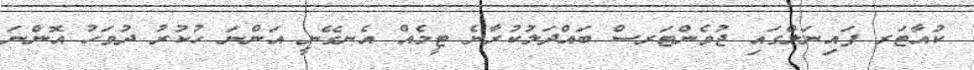
ކުއާޓަރ ފައިނަލްގައި ޖުވެންޓަރސް ބައްދަލުކުރާނެ ޓީމެއް އެނގޭނީ އަންނަ ހުކުރު ދުވަހު އޮންނަ